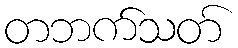
တဘက်သတ်